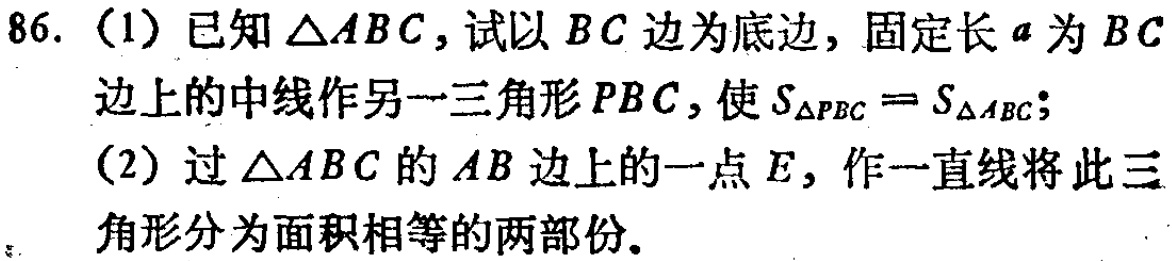
86. (1) 已知$\triangle ABC$，试以$BC$边为底边，固定长$a$为$BC$边上的中线作另一三角形$PBC$，使$S_{\triangle PBC}=S_{\triangle ABC}$；
(2) 过$\triangle ABC$的$AB$边上的一点$E$，作一直线将此三角形分为面积相等的两部份。